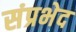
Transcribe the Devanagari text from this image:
संप्रभेद